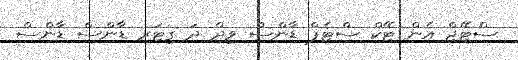
ސްޓޭޖް އެން ޓޭކް ސްޓެޕް ޑާންސް ވިދް ދަ ގިޓަރ ޑާންސް ޑާންސް